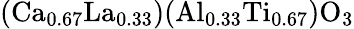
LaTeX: (\mathrm{Ca_{0.67}La_{0.33}})(\mathrm{Al_{0.33}Ti_{0.67}})\mathrm{O_{3}}